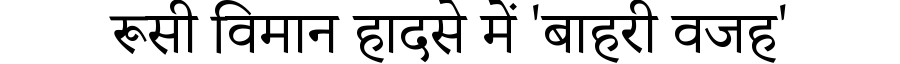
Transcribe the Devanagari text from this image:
रूसी विमान हादसे में 'बाहरी वजह'